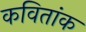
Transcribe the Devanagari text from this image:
कवितांक